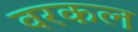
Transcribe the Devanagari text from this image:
वरकल